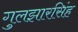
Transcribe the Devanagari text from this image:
गुलझारसिंह